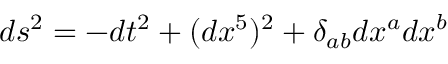
d s ^ { 2 } = - d t ^ { 2 } + ( d x ^ { 5 } ) ^ { 2 } + \delta _ { a b } d x ^ { a } d x ^ { b }